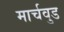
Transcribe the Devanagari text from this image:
मार्चवुड